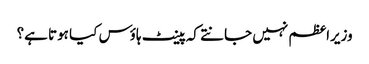
وزیراعظم نہیں جانتے کہ پینٹ ہاؤس کیا ہوتا ہے؟